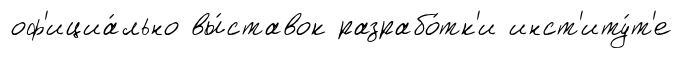
оф'ициа́льно вы́ставок разрабо́тк'и инст'иту́т'е